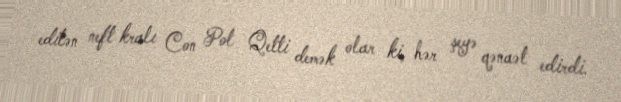
edilən neft kralı Con Pol Qetti demək olar ki, hər şeyə qənaət edirdi.